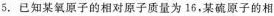
5. 已知某氧原子的对原子质量为16，某硫原子的相